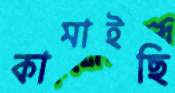
কামাইছি